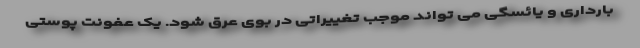
بارداری و یائسگی می تواند موجب تغییراتی در بوی عرق شود. یک عفونت پوستی